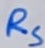
Text: RS